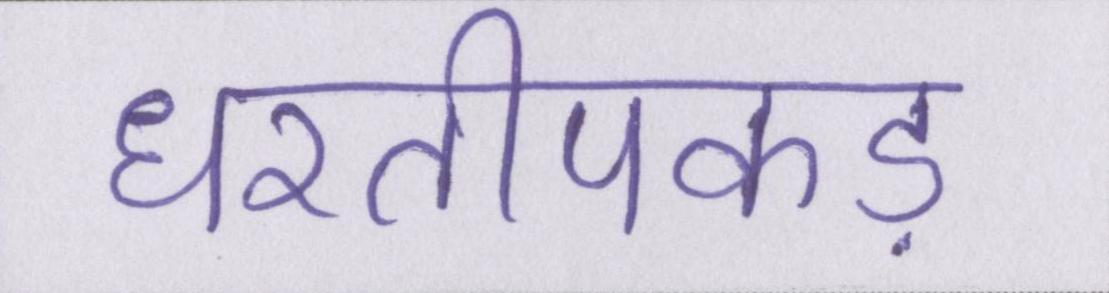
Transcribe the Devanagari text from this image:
धरतीपकड़